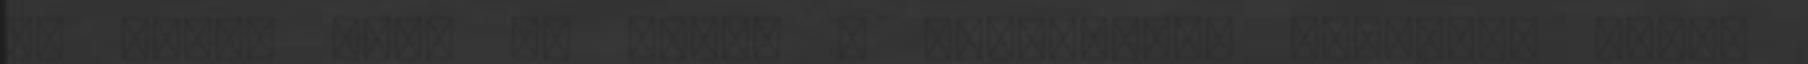
és sokat tesz is érte: — Elsôsorban rengeteg pénz,